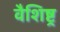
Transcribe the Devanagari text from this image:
वैशिष्ट्र